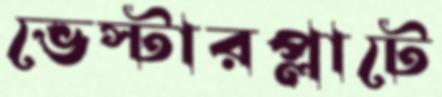
ভেস্টারপ্লাটে